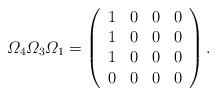
LaTeX: \begin{align*}\varOmega_{4}\varOmega_{3}\varOmega_{1}=\left(\begin{array}{cccc}1&0&0&0\\1&0&0&0\\1&0&0&0\\0&0&0&0\\\end{array}\right).\end{align*}